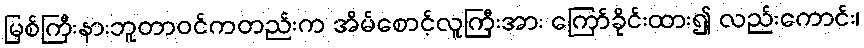
မြစ်ကြီးနားဘူတာဝင်ကတည်းက အိမ်စောင့်လူကြီးအား ကြော်ခိုင်းထား၍ လည်းကောင်း၊